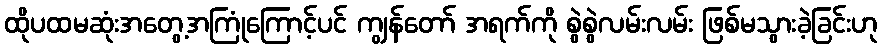
ထိုပထမဆုံးအတွေ့အကြုံကြောင့်ပင် ကျွန်တော် အရက်ကို စွဲစွဲလမ်းလမ်း ဖြစ်မသွားခဲ့ခြင်းဟု